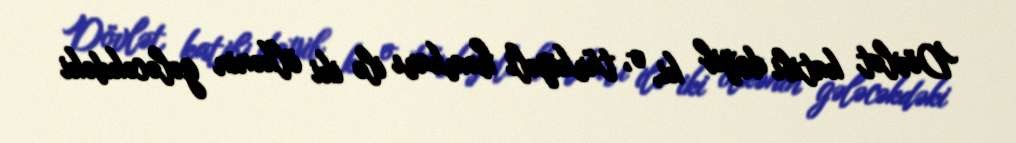
Dövlət katibi deyib ki, o, türkiyəli həmkarı ilə iki ölkənin gələcəkdəki